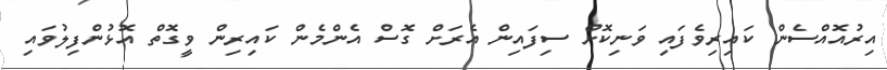
އިރުއޮއްސެން ކައިރިވެފައި ވަނިކޮށް ސިފައިން އެރަށް ގޮސް އެންމެން ކައިރިން ވީގޮތް އޮޅުންފިލުވައި